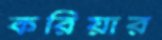
করিয়ার